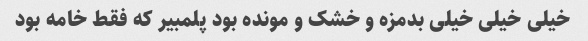
خیلی خیلی خیلی بدمزه و خشک و مونده بود پلمبیر که فقط خامه بود